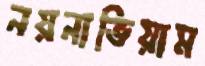
নয়নাভিয়াম